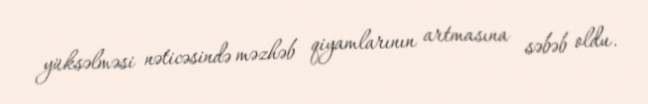
yüksəlməsi nəticəsində məzhəb qiyamlarının artmasına səbəb oldu.